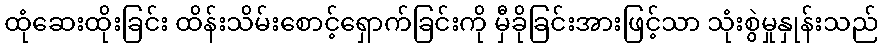
ထုံဆေးထိုးခြင်း ထိန်းသိမ်းစောင့်ရှောက်ခြင်းကို မှီခိုခြင်းအားဖြင့်သာ သုံးစွဲမှုနှုန်းသည်